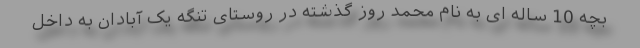
بچه 10 ساله ای به نام محمد روز گذشته در روستای تنگه یک آبادان به داخل